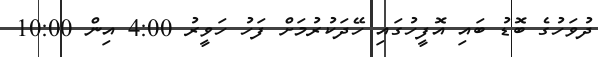
ދުވަހުގެ ބޮޑު ބައި އޮފީީހުގައި ހޭދަކުރުމަށް ފަހު ހަވީރު 4:00 އިން 10:00